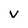
Character: v